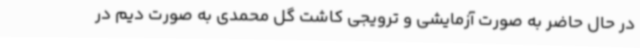
در حال حاضر به صورت آزمایشی و ترویجی کاشت گل محمدی به صورت دیم در